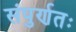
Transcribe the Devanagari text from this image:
संपुर्णतः